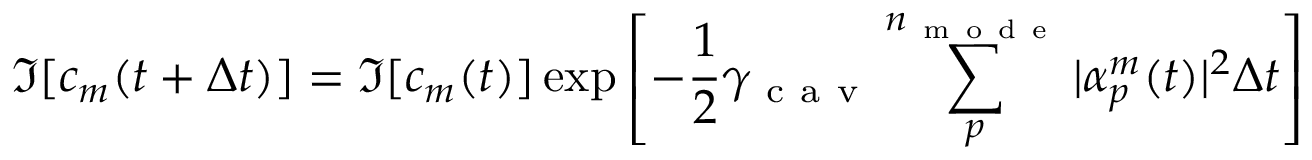
\Im [ c _ { m } ( t + \Delta t ) ] = \Im [ c _ { m } ( t ) ] \exp \left[ - \frac { 1 } { 2 } \gamma _ { \mathrm { ~ c ~ a ~ v ~ } } \sum _ { p } ^ { n _ { \mathrm { ~ m ~ o ~ d ~ e ~ } } } | \alpha _ { p } ^ { m } ( t ) | ^ { 2 } \Delta t \right]